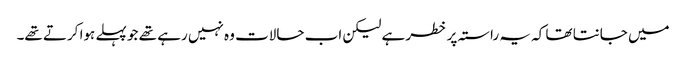
میں جانتا تھا کہ یہ راستہ پر خطر ہے لیکن اب حالات وہ نہیں رہے تھے جو پہلے ہوا کرتے تھے۔